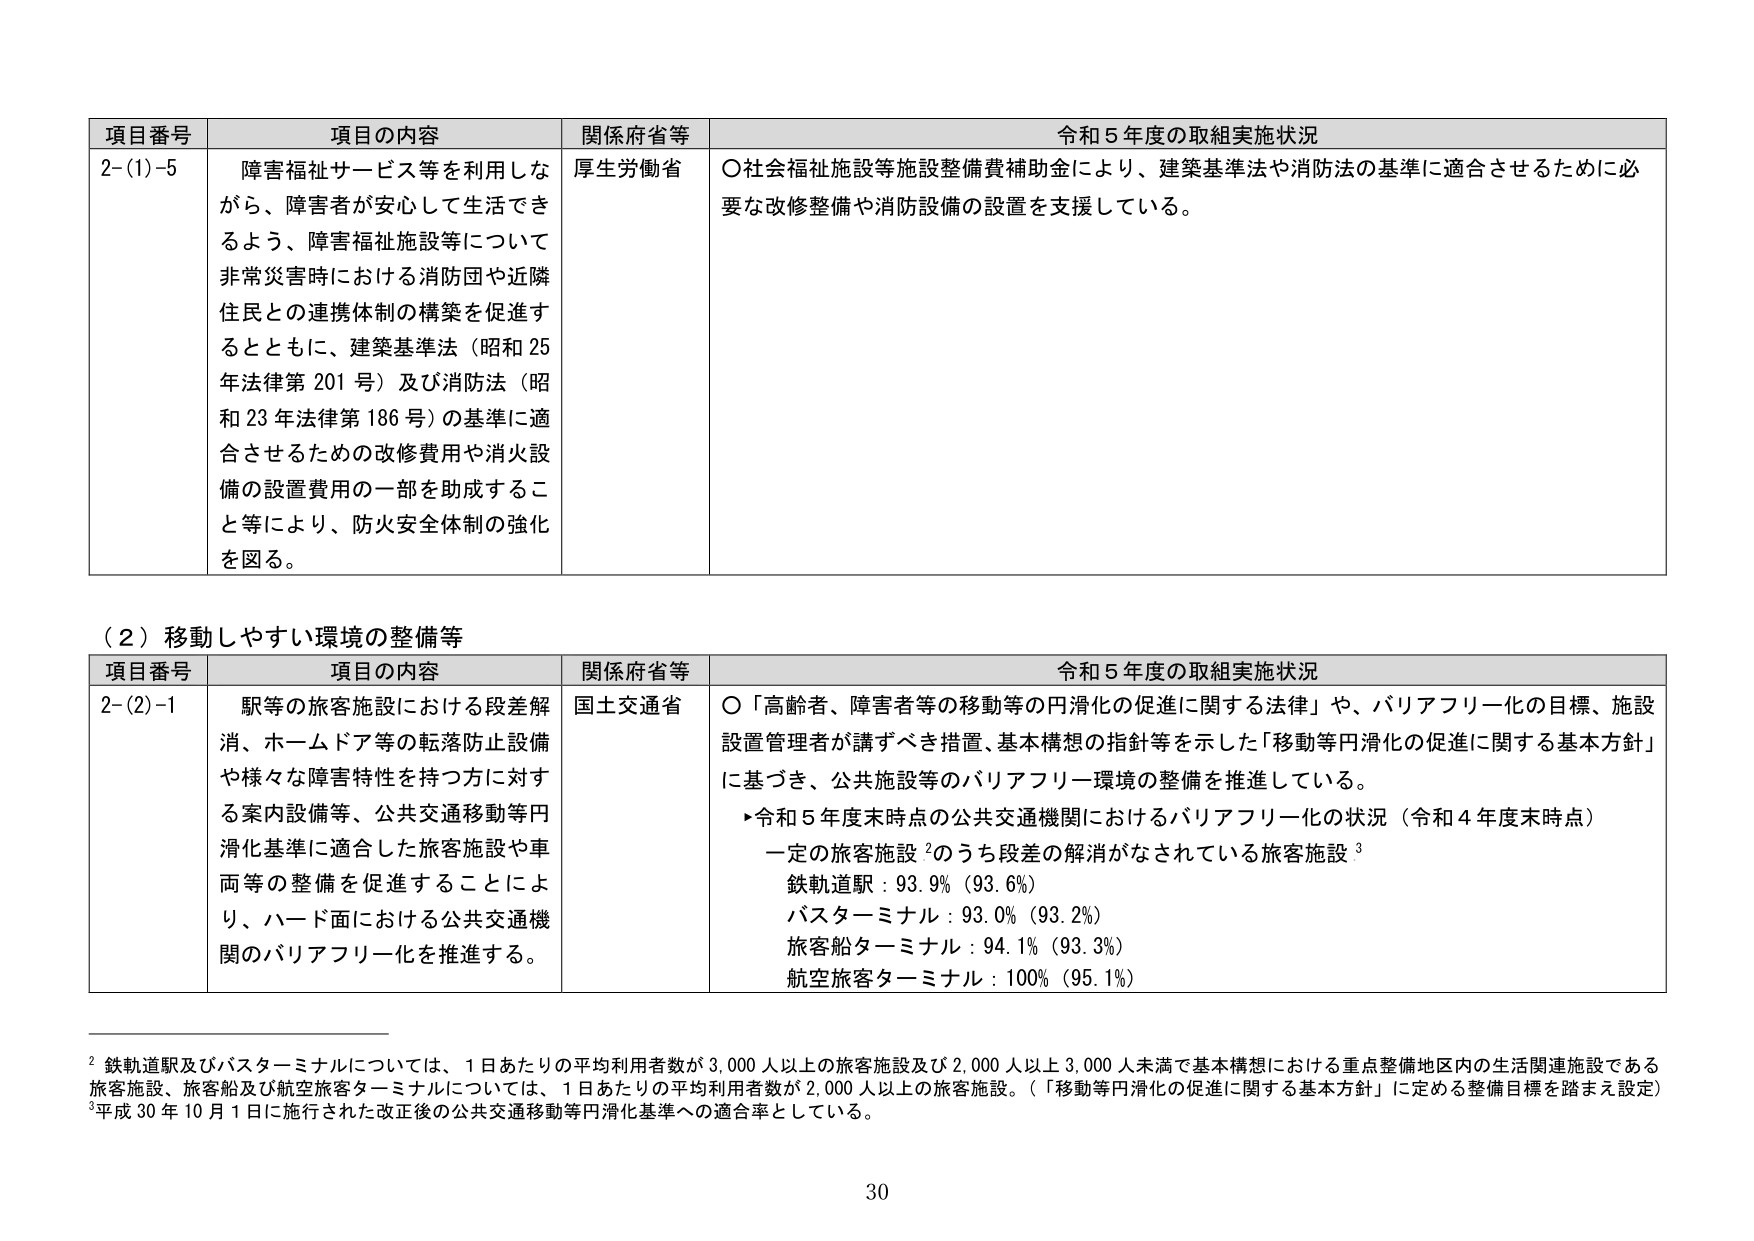
項目番号 項目の内容 関係府省等 令和５年度の取組実施状況
2-(1)-5 障害福祉サービス等を利用しな がら、障害者が安心して生活でき るよう、障害福祉施設等について 非常災害時における消防団や近隣 住民との連携体制の構築を促進す るとともに、建築基準法（昭和 25 年法律第 201 号）及び消防法（昭 和 23 年法律第 186 号）の基準に適 合させるための改修費用や消火設 備の設置費用の一部を助成するこ と等により、防火安全体制の強化 を図る。 厚生労働省 ○社会福祉施設等施設整備費補助金により、建築基準法や消防法の基準に適合させるために必 要な改修整備や消防設備の設置を支援している。

（２）移動しやすい環境の整備等
項目番号 項目の内容 関係府省等 令和５年度の取組実施状況
2-(2)-1 駅等の旅客施設における段差解 消、ホームドア等の転落防止設備 や様々な障害特性を持つ方に対す る案内設備等、公共交通移動等円 滑化基準に適合した旅客施設や車 両等の整備を促進することによ り、ハード面における公共交通機 関のバリアフリー化を推進する。 国土交通省 ○「高齢者、障害者等の移動等の円滑化の促進に関する法律」や、バリアフリー化の目標、施設 設置管理者が講ずべき措置、基本構想の指針等を示した「移動等円滑化の促進に関する基本方針」 に基づき、公共施設等のバリアフリー環境の整備を推進している。 ▸令和５年度末時点の公共交通機関におけるバリアフリー化の状況（令和４年度末時点） 一定の旅客施設²のうち段差の解消がなされている旅客施設³ 鉄軌道駅：93.9%（93.6%） バスターミナル：93.0%（93.2%） 旅客船ターミナル：94.1%（93.3%） 航空旅客ターミナル：100%（95.1%）

² 鉄軌道駅及びバスターミナルについては、1日あたりの平均利用者数が3,000人以上の旅客施設及び2,000人以上3,000人未満で基本構想における重点整備地区内の生活関連施設である 旅客施設、旅客船及び航空旅客ターミナルについては、1日あたりの平均利用者数が2,000人以上の旅客施設。（「移動等円滑化の促進に関する基本方針」に定める整備目標を踏まえ設定） ³平成30年10月1日に施行された改正後の公共交通移動等円滑化基準への適合率としている。

30